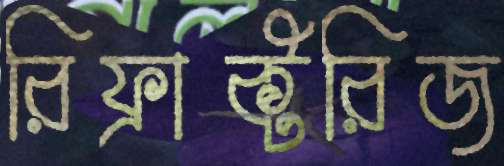
রিফ্রাক্টরিজ